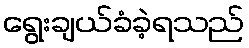
ရွေးချယ်ခံခဲ့ရသည်